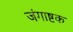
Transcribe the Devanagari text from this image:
जंगाष्टक